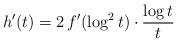
LaTeX: \begin{align*}h^{\prime}(t) = 2\,f^{\prime}(\log^2t)\cdot\frac{\log t}{t}\end{align*}